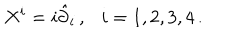
X ^ { i } = i \hat { \partial } _ { i } \, , i = 1 , 2 , 3 , 4 \, .